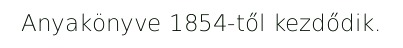
Anyakönyve 1854-től kezdődik.